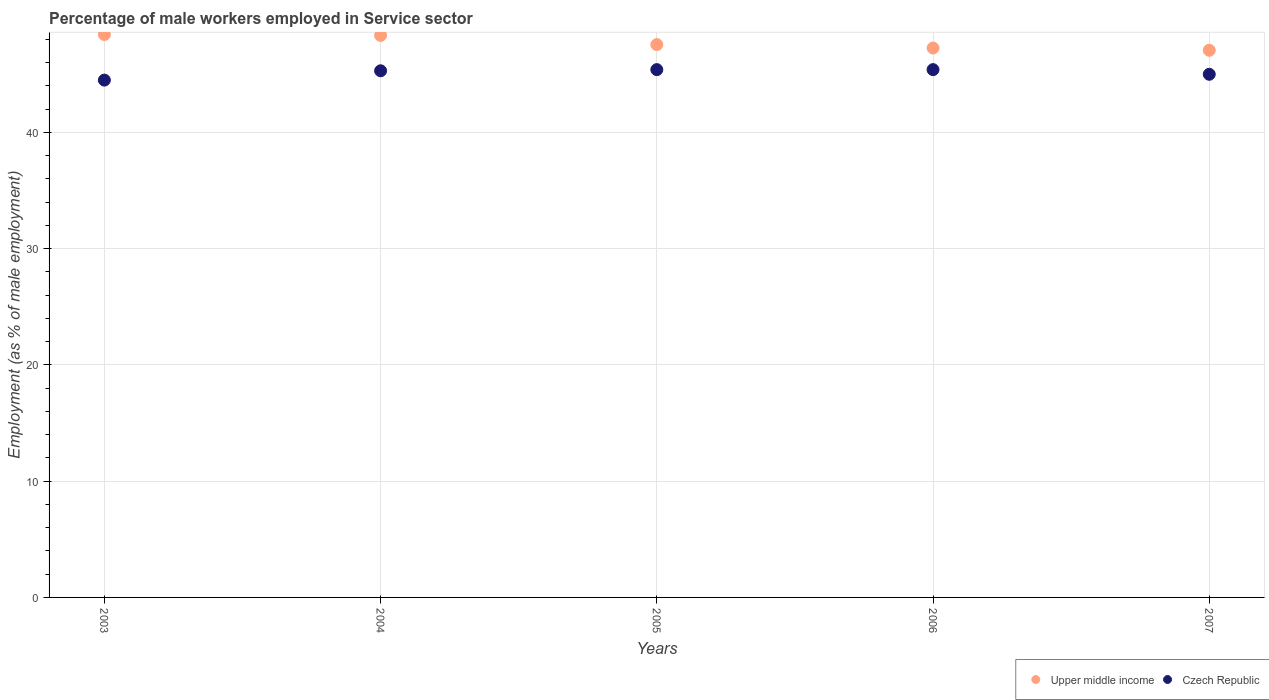
| Years | Upper middle income | Czech Republic |
 | --- | --- | --- |
 | 2003 | 48.4 | 44.5 |
 | 2004 | 48.3 | 45.3 |
 | 2005 | 47.6 | 45.4 |
 | 2006 | 47.3 | 45.4 |
 | 2007 | 47.1 | 45 |